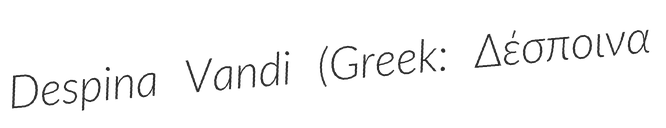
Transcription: Despina Vandi (Greek: Δέσποινα